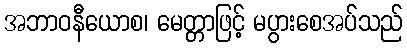
အဘာဝနီယောစ၊ မေတ္တာဖြင့် မပွားစေအပ်သည်